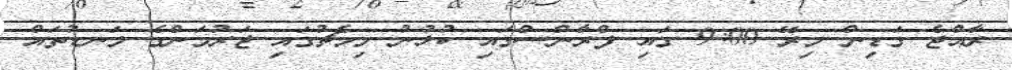
ރާއްޖެ ގަޑިން މިރޭ 9:00 ގައި ފްރާންސްގައި ކުޅުނު މިމެޗުގައި ޖަރުމަންގެ ލަނޑުތައް